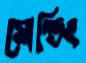
মোল্ডিং